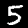
Digit: 5